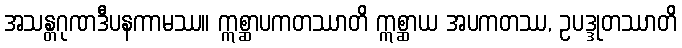
အသန္တဂုဏဒီပနကာမဿ။ ဣစ္ဆာပကတဿာတိ ဣစ္ဆာယ အပကတဿ, ဥပဒ္ဒုတဿာတိ